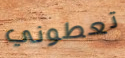
تعطوني